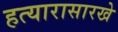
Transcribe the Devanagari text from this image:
हत्यारासारखे